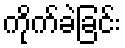
ကိုက်ခဲခြင်း